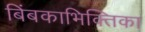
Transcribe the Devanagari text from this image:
बिंबकाभिक्तिका